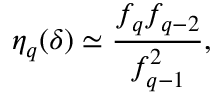
\eta _ { q } ( \delta ) \simeq \frac { f _ { q } f _ { q - 2 } } { f _ { q - 1 } ^ { 2 } } ,